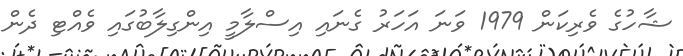
ޝާހުގެ ވެރިކަން 1979 ވަނަ އަހަރު ގެނައި އިސްލާމީ އިންގިލާބުގައި ވެއްޓި ދެން